Civil Veterinary Dept. North-West Frontier Province 1923-32 - 1923-1932
Year: 1923
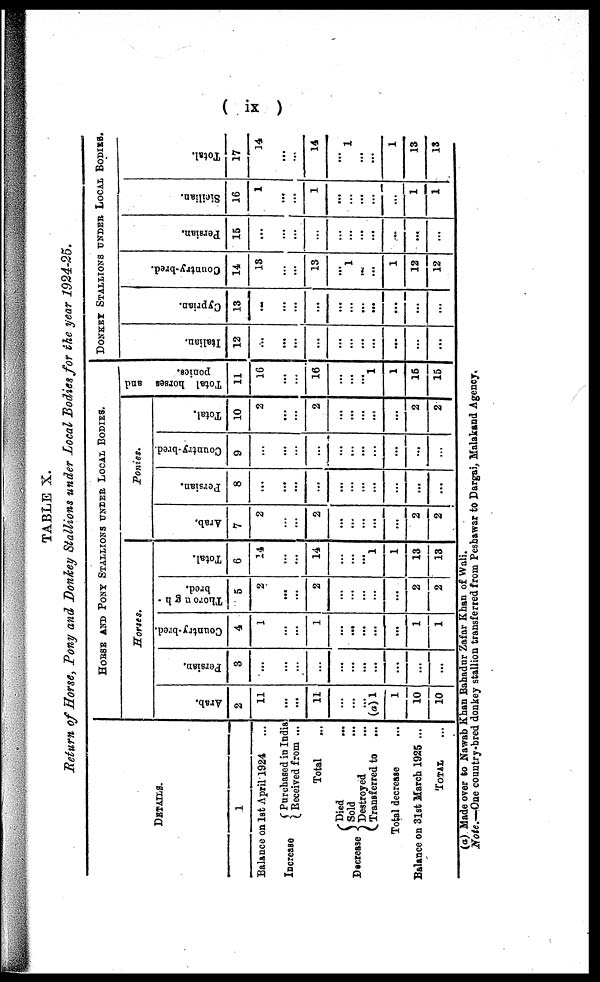
( ix )
TABLE X.
Return of Horse, Pony and Donkey Stallions under Local Bodies for the year 1924-25.
DETAILS.
1
Balance on 1st April 1924
Increase {purchased
in India
Received from ...
Total ...
Decrease
Died ...
{ Sold ...
Destroyed ...
Transferred to ...
Total decrease
Balance on 31st March 1925 ...
TOTAL ...
HORSE AND PONY STALLIONS UNDER LOCAL BODIES.
Horses.
Arab.
2
11
...
...
11
...
...
...
(a) 1
1
10
10
Persian.
3
...
...
...
...
...
...
...
...
...
...
...
Country-bred.
4
1
...
...
1
...
...
...
...
...
1
1
Thorough-
bred.
5
2
...
...
2
...
...
...
...
...
2
2
Total.
6
14
...
...
14
...
...
...
1
1
13
13
Ponies.
Arab.
7
2
...
...
2
...
...
...
...
...
2
2
Persian.
8
...
...
...
...
...
...
...
...
...
...
...
Country-bred.
9
...
...
...
...
...
...
...
...
...
...
...
Total.
10
2
...
...
2
...
...
...
...
...
2
2
Total horses and
ponies.
11
16
...
...
16
...
...
...
1
1
15
15
DONKEY STALLIONS UNDER LOCAL BODIES.
I t al i an.
12
...
...
...
...
...
...
...
...
...
...
...
Cypr i
an.
13
...
...
...
...
...
...
...
...
...
...
...
Count r
y- br e d.
14
13
...
...
13
...
1
...
...
1
12
12
Per si an.
15
...
...
...
...
...
...
...
...
...
...
...
Si ci l
i
an.
16
1
...
...
1
...
...
...
...
...
1
1
Tot al .
17
14
...
...
14
...
1
..
...
1
13
13
(a) Made over to Nawab Khan Bahadur Zafar Khan of Wali.
Note.—One country-bred donkey stallion transferred from Peshawar to Dargai, Malakand Agency.